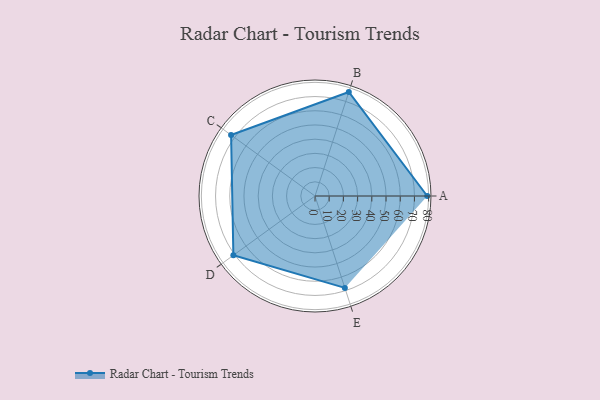
{"axis": {"x": "Skill", "y": "Score"}, "legend": ["Profile"], "data": [{"x": "A", "y": 79.0, "type": "Profile"}, {"x": "B", "y": 77.0, "type": "Profile"}, {"x": "C", "y": 73.0, "type": "Profile"}, {"x": "D", "y": 71.0, "type": "Profile"}, {"x": "E", "y": 68.0, "type": "Profile"}]}